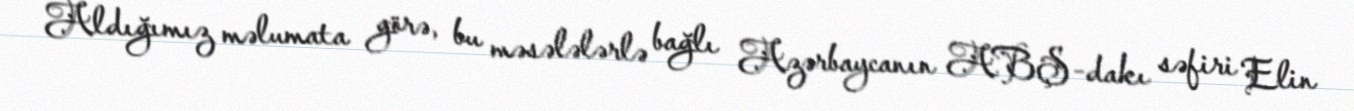
Aldığımız məlumata görə, bu məsələlərlə bağlı Azərbaycanın ABŞ-dakı səfiri Elin